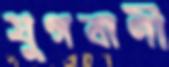
যুগবাণী